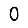
Digit: 0